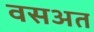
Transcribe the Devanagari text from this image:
वसअत